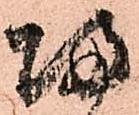
帰